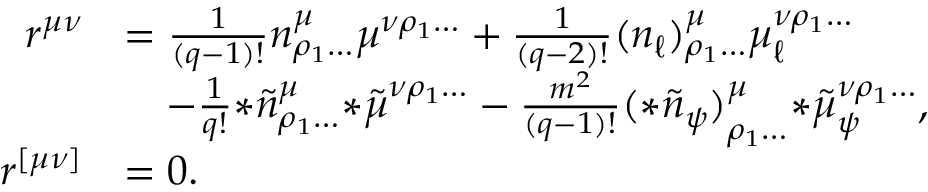
\begin{array} { r l } { r ^ { \mu \nu } } & { = \frac { 1 } { ( q - 1 ) ! } n ^ { \mu } _ { \rho _ { 1 } \ldots } \mu ^ { \nu \rho _ { 1 } \ldots } + \frac { 1 } { ( q - 2 ) ! } ( n _ { \ell } ) ^ { \mu } _ { \rho _ { 1 } \ldots } \mu _ { \ell } ^ { \nu \rho _ { 1 } \ldots } } \\ & { \quad - \frac { 1 } { q ! } { * \tilde { n } } ^ { \mu } _ { \rho _ { 1 } \ldots } { * \tilde { \mu } } ^ { \nu \rho _ { 1 } \ldots } - \frac { m ^ { 2 } } { ( q - 1 ) ! } { ( * \tilde { n } _ { \psi } ) } ^ { \mu } _ { \rho _ { 1 } \ldots } { * \tilde { \mu } } _ { \psi } ^ { \nu \rho _ { 1 } \ldots } , } \\ { r ^ { [ \mu \nu ] } } & { = 0 . } \end{array}